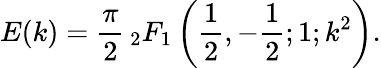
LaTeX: E(k)={\frac{\pi}{2}}\, {}_{2}F_{1}\left({\frac{1}{2}},-{\frac{1}{2}};1;k^{2}\right).